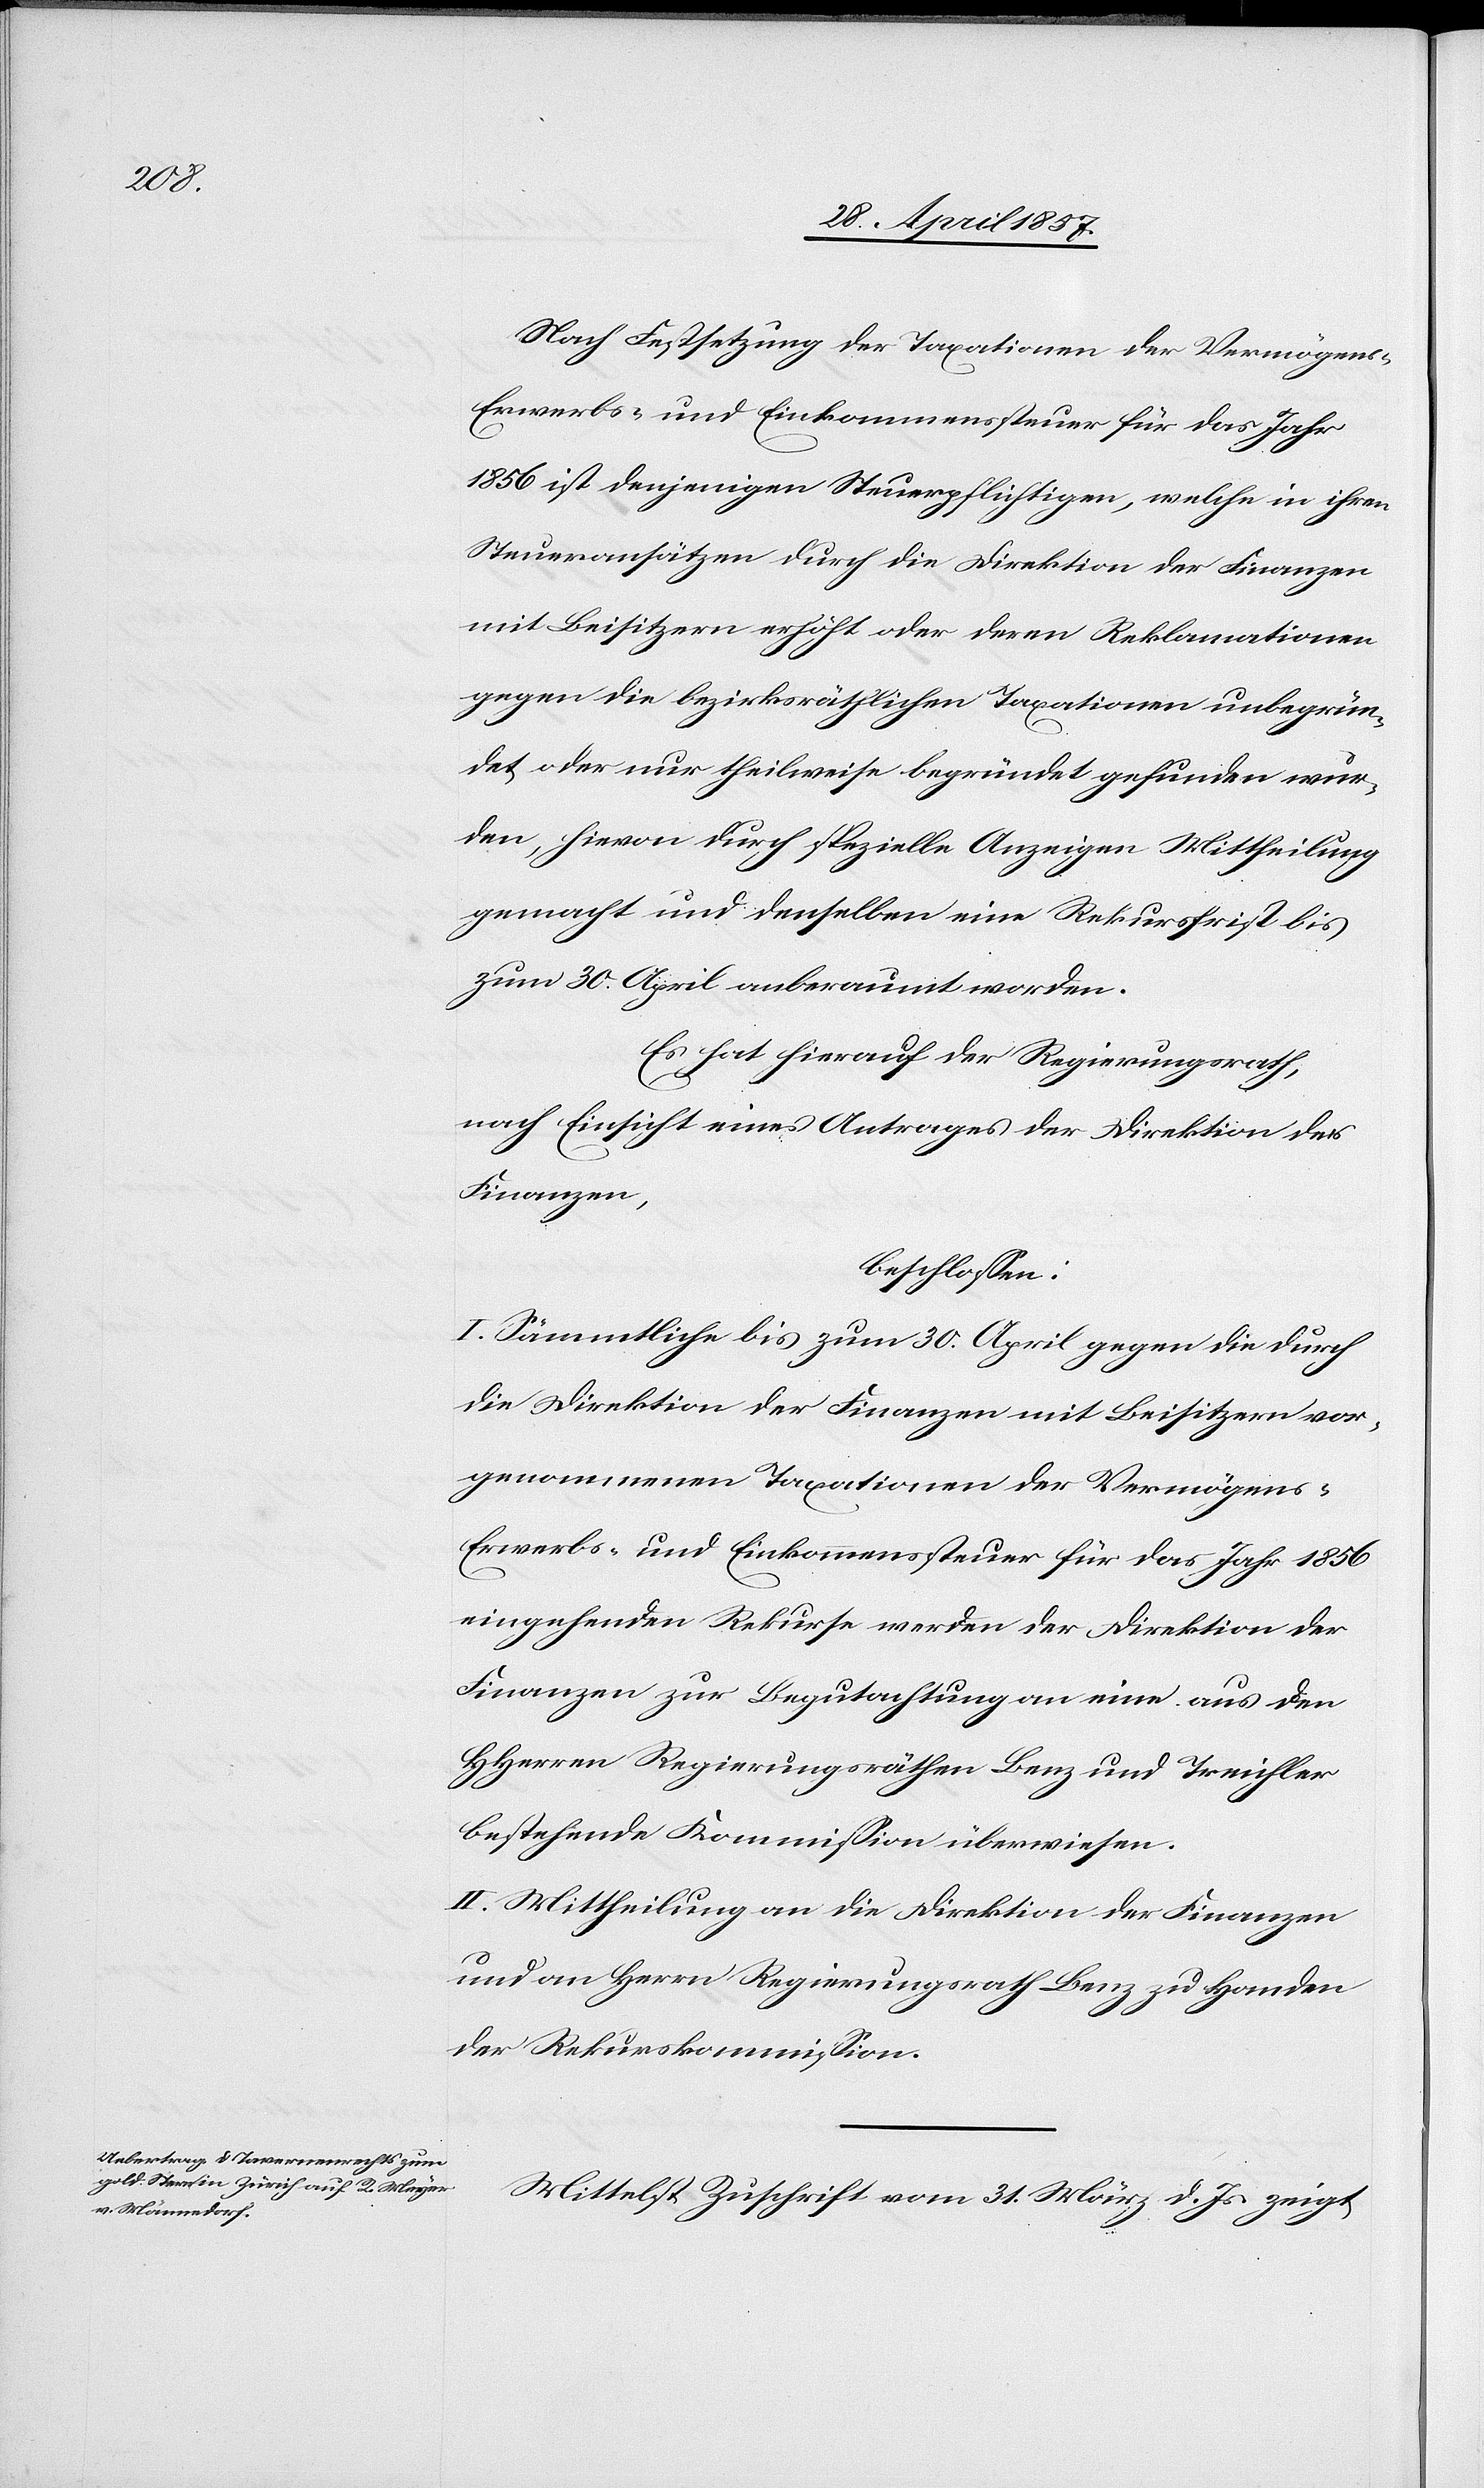
Nach Festsetzung der Taxationen der Vermögens-
Erwerbs- und Einkommenssteuer für das Jahr
1856 ist denjenigen Steuerpflichtigen, welche in ihren
Steueransätzen durch die Direktion der Finanzen
mit Beisitzern erhöht oder deren Reklamationen
gegen die bezirksräthlichen Taxationen unbegrün¬
det oder nur theilweise begründet gefunden wur¬
den, hievon durch spezielle Anzeigen Mittheilung
gemacht und denselben eine Rekursfrist bis
zum 30 April anberaumt worden.
Es hat hierauf der Regierungsrath,
nach Einsicht eines Antrages der Direktion der
Finanzen,
beschlossen:
I. Sämmtliche bis zum 30 April gegen die durch
die Direktion der Finanzen mit Beisitzern vor¬
genommenen Taxationen der Vermögens-
Erwerbs- und Einkommenssteuer für das Jahr 1856
eingehenden Rekurse werden der Direktion der
Finanzen zur Begutachtung an eine aus den
HHerrn Regierungsräthen Benz und Treichler
bestehende Kommission überwiesen.
II. Mittheilung an die Direktion der Finanzen
und an Herrn Regierungsrath Benz zu Handen
der Rekurskommission.
Mittelst Zuschrift vom 31 März d. Js. zeigt